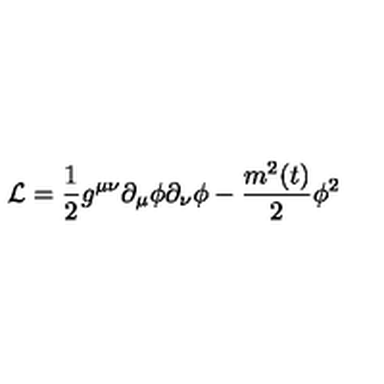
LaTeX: { \cal L } = \frac { 1 } { 2 } g ^ { \mu \nu } \partial _ { \mu } \phi \partial _ { \nu } \phi - \frac { m ^ { 2 } ( t ) } { 2 } \phi ^ { 2 }